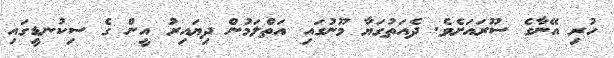
ހުރި އޭނާގެ ސޫރައަށެވެ. ދެއަތުގަޔާ މޫނުގައި އަތްލަމުން ދިޔައިރު އީން ގެ ސިކުނޑީގައި